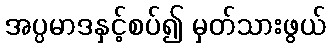
အပ္ပမာဒနှင့်စပ်၍ မှတ်သားဖွယ်